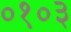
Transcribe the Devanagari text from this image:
०१०३